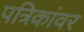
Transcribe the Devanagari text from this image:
पत्रिकांवर